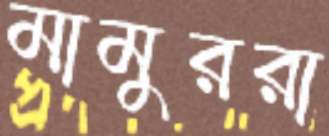
মামুররা